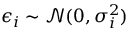
\epsilon _ { i } \sim \mathcal { N } ( 0 , \sigma _ { i } ^ { 2 } )